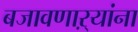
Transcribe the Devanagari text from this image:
बजावणाऱ्यांना